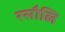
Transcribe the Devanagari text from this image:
रसौलि